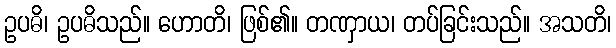
ဥပဓိ၊ ဥပဓိသည်။ ဟောတိ၊ ဖြစ်၏။ တဏှာယ၊ တပ်ခြင်းသည်။ အသတိ၊